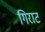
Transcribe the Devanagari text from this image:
गिराट